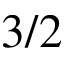
3 / 2